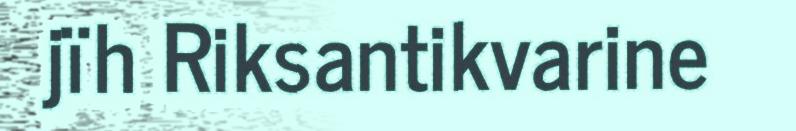
jïh Riksantikvarine